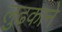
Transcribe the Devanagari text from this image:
लुढकाने